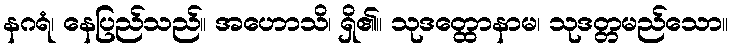
နဂရံ၊ နေပြည်သည်။ အဟောသိ၊ ရှိ၏။ သုဒတ္ထောနာမ၊ သုဒတ္တမည်သော။